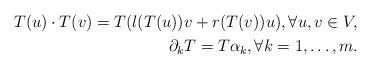
LaTeX: \begin{align*}T(u) \cdot T(v) = T( l(T(u))v + r(T(v)) u ), \forall u, v \in V, \\\partial_k T = T \alpha_k, \forall k=1, \dots, m. \end{align*}